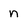
Character: n